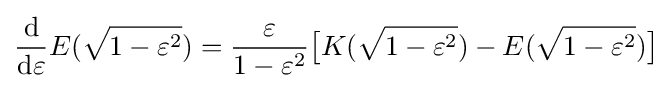
{\frac {\mathrm {d} }{\mathrm {d} \varepsilon }}E({\sqrt {1-\varepsilon ^{2}}})={\frac {\varepsilon }{1-\varepsilon ^{2}}}{\bigl [}K({\sqrt {1-\varepsilon ^{2}}})-E({\sqrt {1-\varepsilon ^{2}}}){\bigr ]}